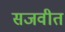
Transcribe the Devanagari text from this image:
सजवीत